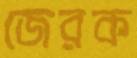
জেরক